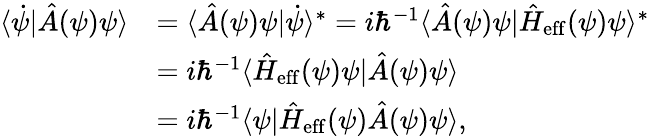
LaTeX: \begin{array}{rl}{\langle\dot{\psi}|\hat{A}(\psi)\psi\rangle}&{=\langle\hat{A}(\psi)\psi|\dot{\psi}\rangle^{\ast}=i\hbar^{-1}\langle\hat{A}(\psi)\psi|\hat{H}_{\mathrm{eff}}(\psi)\psi\rangle^{\ast}}\\ &{=i\hbar^{-1}\langle\hat{H}_{\mathrm{eff}}(\psi)\psi|\hat{A}(\psi)\psi\rangle}\\ &{=i\hbar^{-1}\langle\psi|\hat{H}_{\mathrm{eff}}(\psi)\hat{A}(\psi)\psi\rangle,}\end{array}